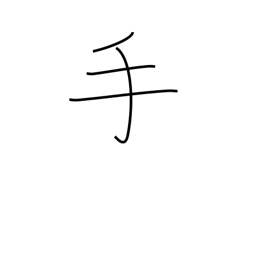
Meaning: hand